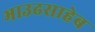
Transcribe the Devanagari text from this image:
भाउढसाहेब